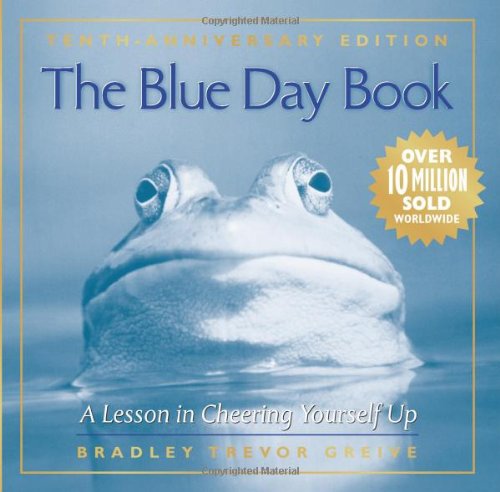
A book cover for The Blue Day Book: A Lesson in Cheering Yourself Up; Bradley Trevor Greive; Self-Help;